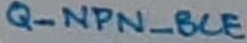
Text: Q_NPN_BCE